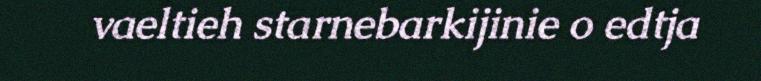
vaeltieh starnebarkijinie o edtja